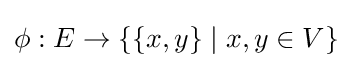
\phi :E\to \{\{x,y\}\mid x,y\in V\}